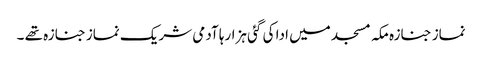
نماز جنازہ مکہ مسجد میں ادا کی گئی ہزارہا آدمی شریک نماز جنازہ تھے ۔